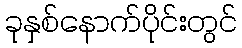
ခုနှစ်နောက်ပိုင်းတွင်